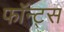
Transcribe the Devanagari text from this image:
फॉन्‍ट्स